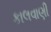
કાલવાણી